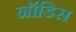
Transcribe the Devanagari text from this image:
नॉडिस